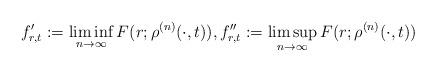
LaTeX: \begin{align*}f'_{r,t} : = \liminf_{n\to \infty} F(r;\rho^{(n)}(\cdot,t)), f''_{r,t} : = \limsup_{n\to \infty} F(r;\rho^{(n)}(\cdot,t)) \end{align*}